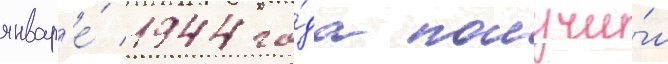
январ'е́ 1944 го́да получи́л